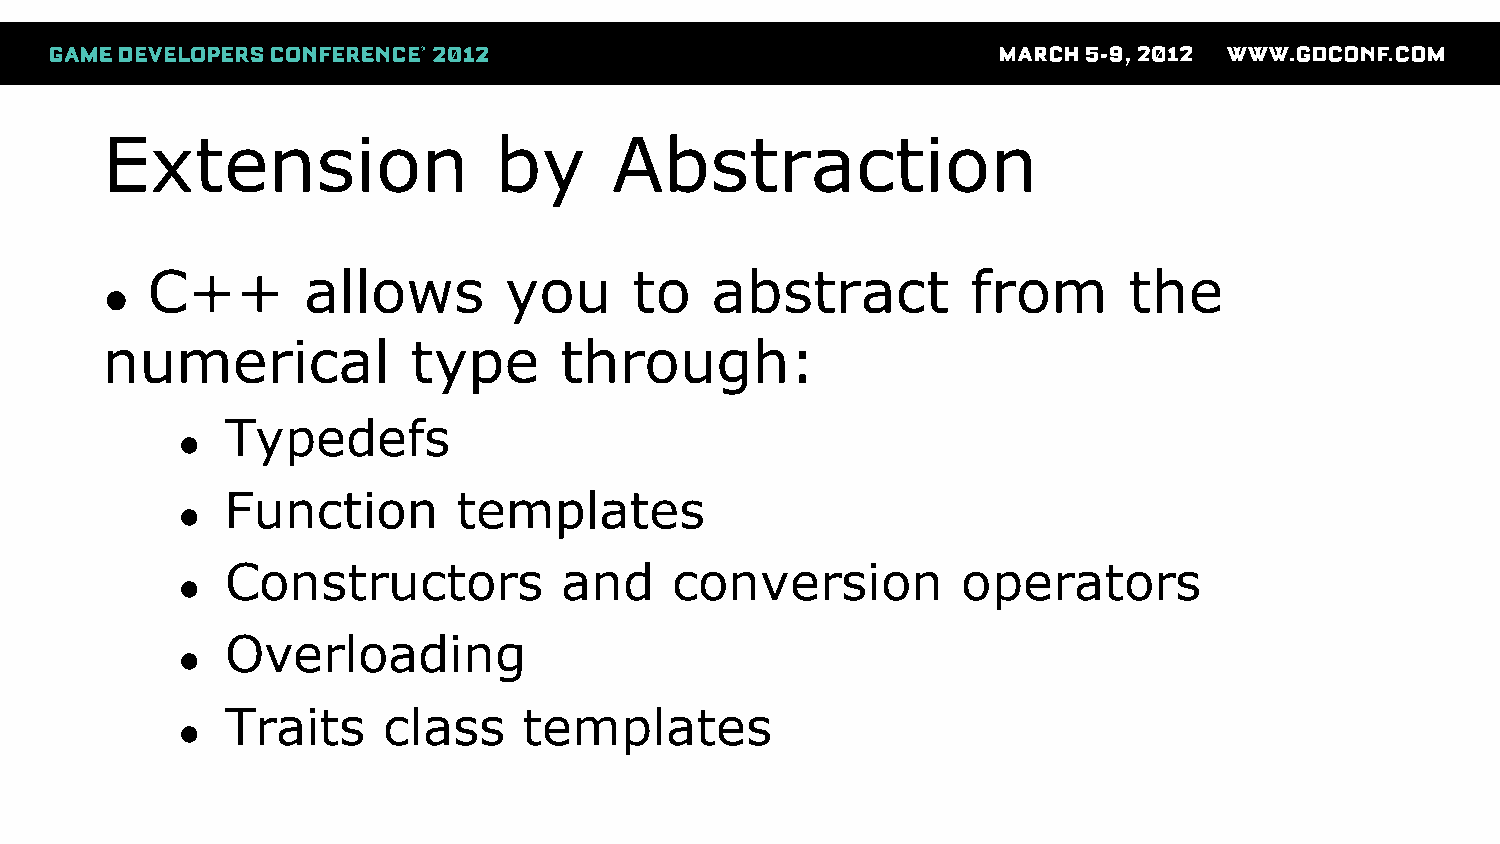
Extension                 by      Abstraction
 C++       allows       you      to   abstract         from       the
 ●
 numerical           type      through:
 Typedefs
 ●
 Function       templates
 ●
 Constructors          and     conversion         operators
 ●
 Overloading
 ●
 Traits    class     templates
 ●